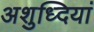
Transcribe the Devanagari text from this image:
अशुध्दियां